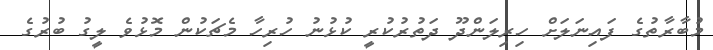
މުބާރާތުގެ ފައިނަލަށް ހިރިލަންދޫ ދަތުރުކުރީ ކުޅުނު ހުރިހާ މެޗަކުން މޮޅުވެ ލީގު ބުރުގެ